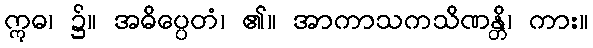
ဣဓ၊ ၌။ အဓိပ္ပေတံ၊ ၏။ အာကာသကသိဏန္တိ၊ ကား။